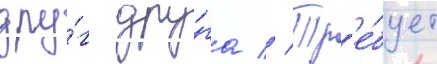
дру́г дру́га // Тр'е́бует